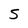
Character: 5